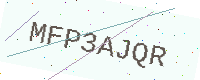
Text: MFP3AJQR